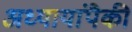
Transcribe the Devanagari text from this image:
अध्यायांपैकी